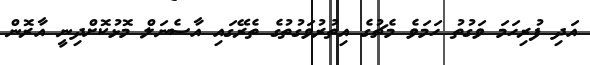
އަދި ފުރިހަމަ ވަގުތު ހަމަވެ މެޗުގެ އިތުރުވަގުތުގެ ތެރޭގައި އާސެނަލް މޮޅުކޮށްދިނީ އާރޮން